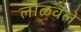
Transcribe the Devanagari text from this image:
लोळवले